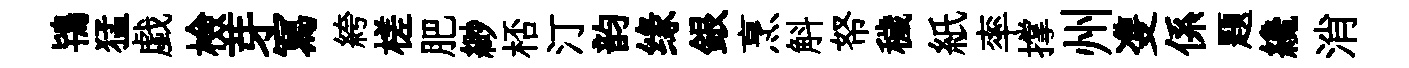
鴇猛戯檢芽冩絝槎肥緲桮汀韵缘銀烹斛帑穢紙率撑州㕠係題纔消